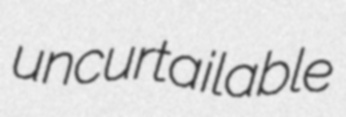
uncurtailable